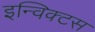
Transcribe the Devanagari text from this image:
इन्विक्टस